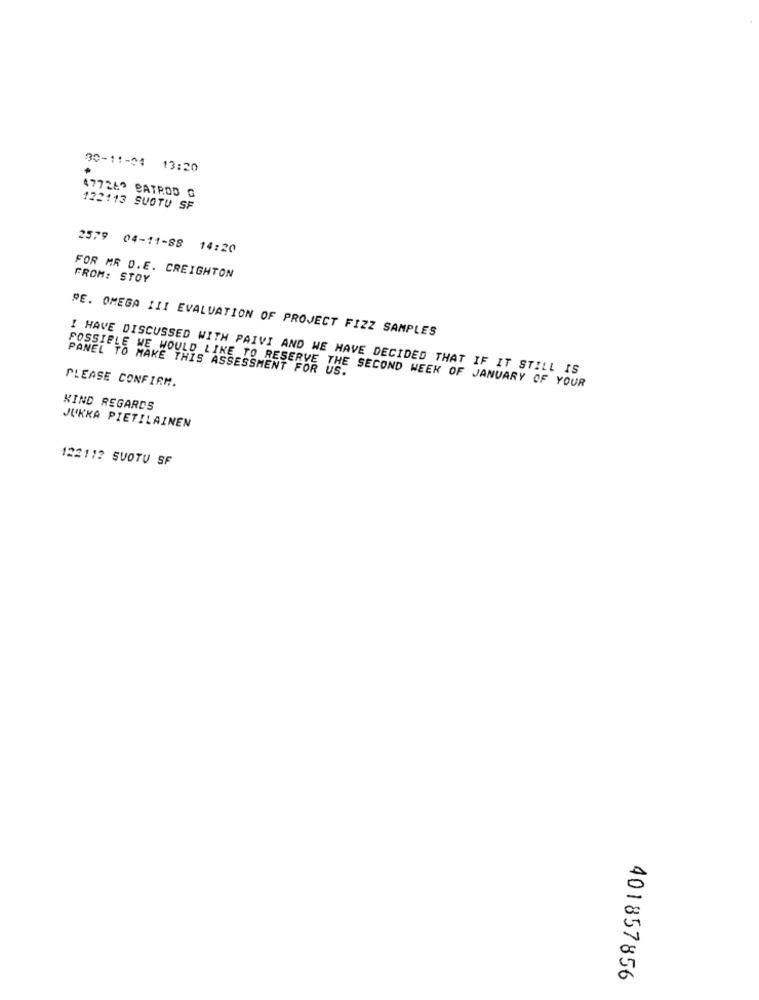
30-11-04 13:20
477260 BATROD G
122113 SUOTU SF
2579 04-11-88 14:20
FOR MR D.E. CREIGHTON
FROM: STOY
PE. OMEGA III EVALUATION OF PROJECT FIZZ SAMPLES
PANEL TO MAKE THIS ASSESSMENT FOR US.
I HAVE DISCUSSED WITH PAIVI AND WE HAVE DECIDED THAT IF IT STILL IS
PLEASE CONFIRM.
POSSIBLE WE WOULD LIKE TO RESERVE THE SECOND WEEK OF JANUARY OF YOUR
KIND REGARDS
JUKKA PIETILAINEN
122112 SUOTU SF
401857856